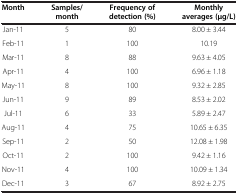
<table><thead><tr><td><b>Month</b></td><td><b>Samples/month</b></td><td><b>Frequency of detection (%)</b></td><td><b>Monthly averages (μg/L)</b></td></tr></thead><tbody><tr><td>Jan-11</td><td>5</td><td>80</td><td>8.00 ± 3.44</td></tr><tr><td>Feb-11</td><td>1</td><td>100</td><td>10.19</td></tr><tr><td>Mar-11</td><td>8</td><td>88</td><td>9.63 ± 4.05</td></tr><tr><td>Apr-11</td><td>4</td><td>100</td><td>6.96 ± 1.18</td></tr><tr><td>May-11</td><td>8</td><td>100</td><td>9.32 ± 2.85</td></tr><tr><td>Jun-11</td><td>9</td><td>89</td><td>8.53 ± 2.02</td></tr><tr><td>Jul-11</td><td>6</td><td>33</td><td>5.89 ± 2.47</td></tr><tr><td>Aug-11</td><td>4</td><td>75</td><td>10.65 ± 6.35</td></tr><tr><td>Sep-11</td><td>2</td><td>50</td><td>12.08 ± 1.98</td></tr><tr><td>Oct-11</td><td>2</td><td>100</td><td>9.42 ± 1.16</td></tr><tr><td>Nov-11</td><td>4</td><td>100</td><td>10.09 ± 1.34</td></tr><tr><td>Dec-11</td><td>3</td><td>67</td><td>8.92 ± 2.75</td></tr></tbody></table>